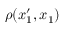
\rho ( x _ { 1 } ^ { \prime } , x _ { 1 } )